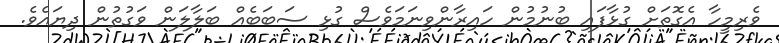
ވެރިމީހާ އެގޮތަށް ގުޅާފައި ބުނުމުން ހައިރާންވިނަމަވެސް ގުޅި ސަބަބެއް ބަލާލަން ވަގުތުން ދިޔައެވެ.